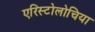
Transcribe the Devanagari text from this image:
एरिस्टोलोचिया